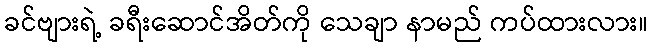
ခင်ဗျားရဲ့ ခရီးဆောင်အိတ်ကို သေချာ နာမည် ကပ်ထားလား။